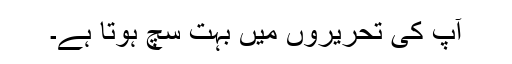
آپ کی تحریروں میں بہت سچ ہوتا ہے۔